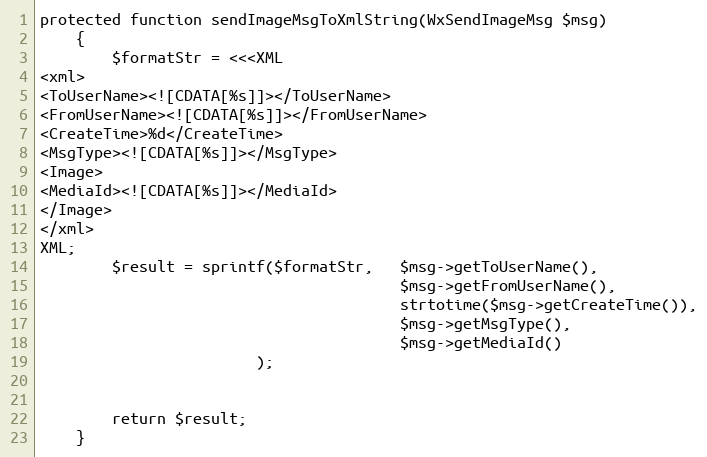
Language: PHP
protected function sendImageMsgToXmlString(WxSendImageMsg $msg)
    {
        $formatStr = <<<XML
<xml>
<ToUserName><![CDATA[%s]]></ToUserName>
<FromUserName><![CDATA[%s]]></FromUserName>
<CreateTime>%d</CreateTime>
<MsgType><![CDATA[%s]]></MsgType>

<MediaId><![CDATA[%s]]></MediaId>

</xml>
XML;
        $result = sprintf($formatStr,   $msg->getToUserName(),
                                        $msg->getFromUserName(),
                                        strtotime($msg->getCreateTime()),
                                        $msg->getMsgType(),
                                        $msg->getMediaId()
                        );

        return $result;
    }